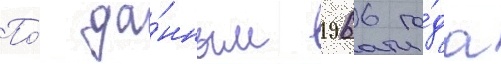
По́ да́нным 1966 го́да